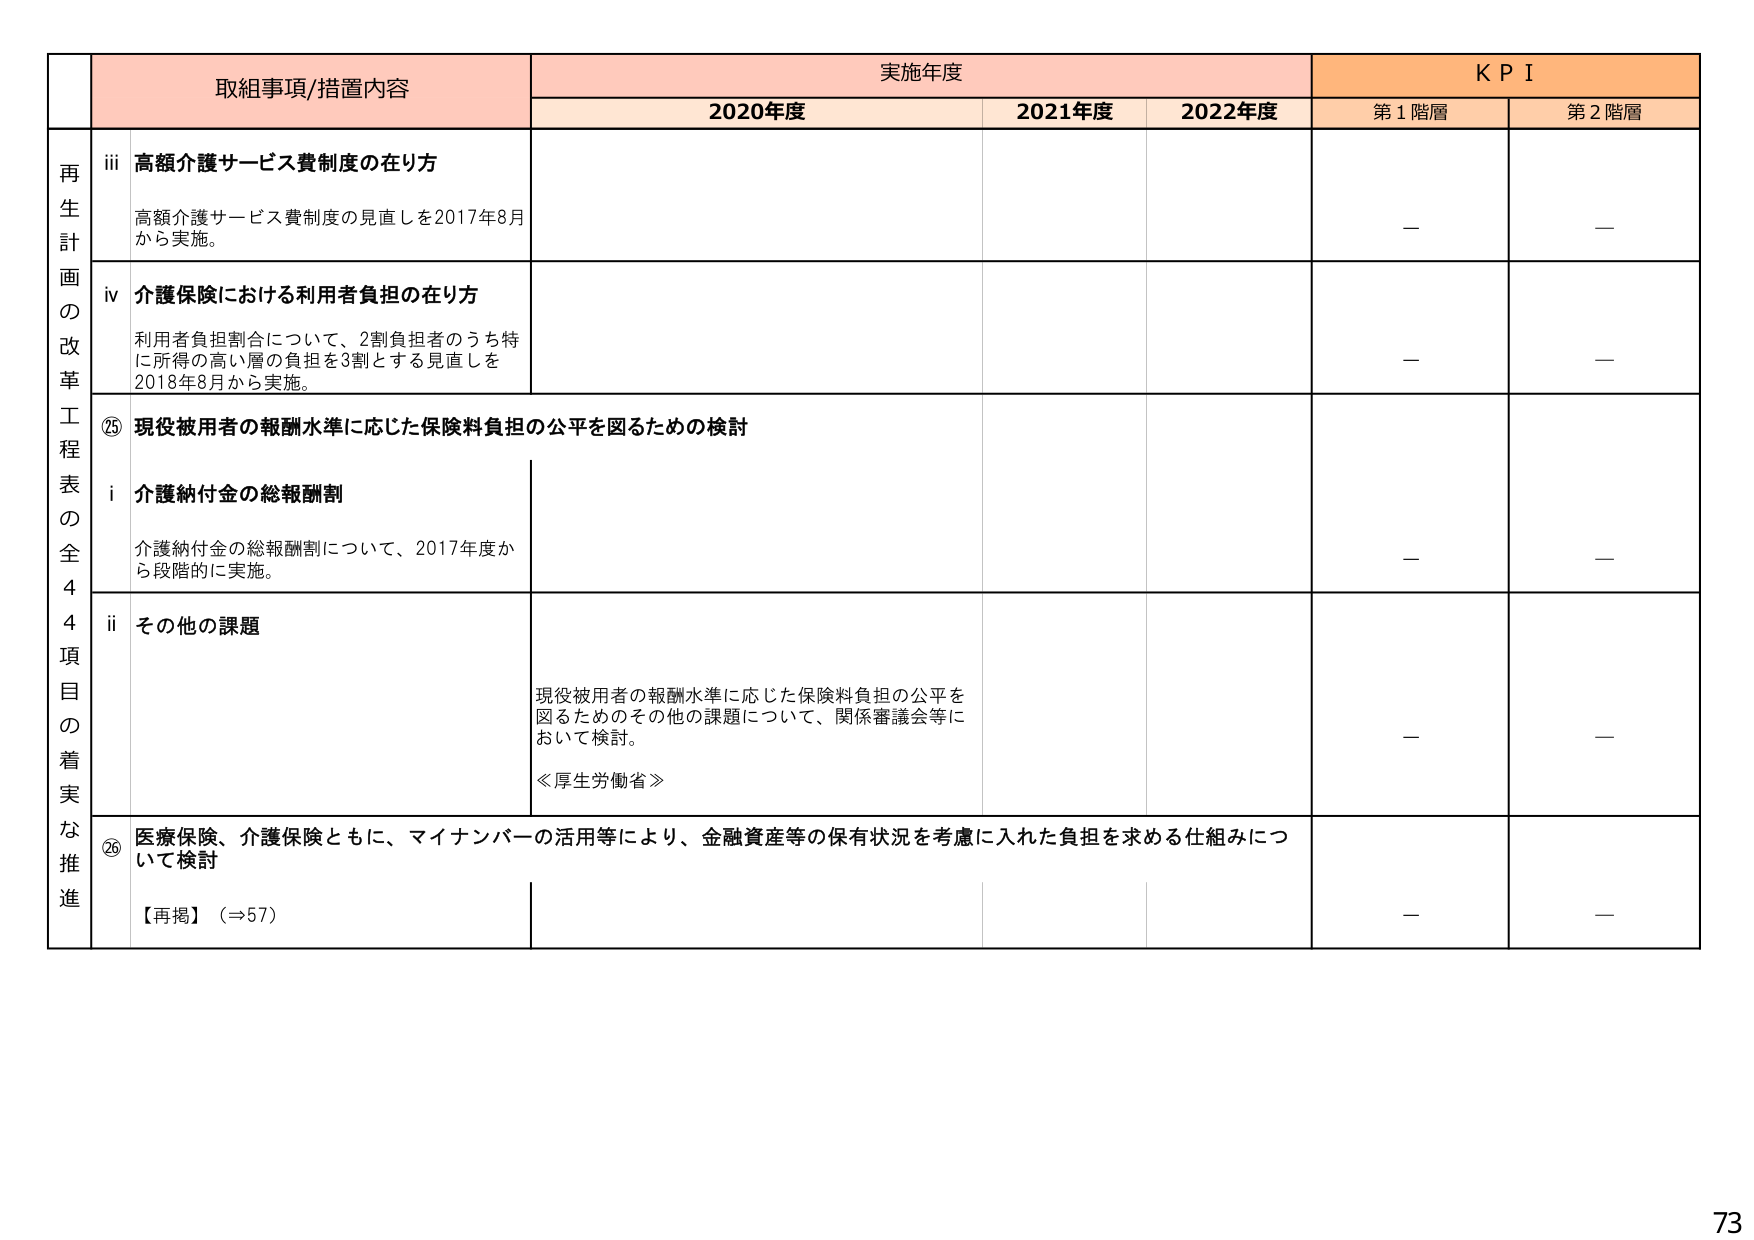
取組事項/措置内容 実施年度 KPI
2020年度 2021年度 2022年度 第1階層 第2階層
再生計画の改革工程表の全44項目の着実な推進
iii 高額介護サービス費制度の在り方
高額介護サービス費制度の見直しを2017年8月から実施。
— —
iv 介護保険における利用者負担の在り方
利用者負担割合について、2割負担者のうち特に所得の高い層の負担を3割とする見直しを2018年8月から実施。
— —
⑳ 現役被用者の報酬水準に応じた保険料負担の公平を図るための検討
i 介護納付金の総報酬割
介護納付金の総報酬割について、2017年度から段階的に実施。
— —
ii その他の課題
現役被用者の報酬水準に応じた保険料負担の公平を図るためのその他の課題について、関係審議会等において検討。
≪厚生労働省≫
— —
㉖ 医療保険、介護保険ともに、マイナンバーの活用等により、金融資産等の保有状況を考慮に入れた負担を求める仕組みについて検討
【再掲】（⇒57）
— —
73